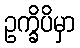
ဥက္ခိပိမှာ